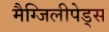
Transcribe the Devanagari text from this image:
मैग्जिलीपेड्स